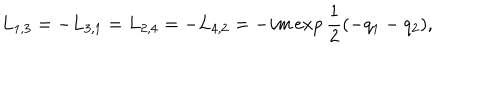
L _ { 1 , 3 } = - L _ { 3 , 1 } = L _ { 2 , 4 } = - L _ { 4 , 2 } = - i m \exp { \frac { 1 } { 2 } } ( - q _ { 1 } - q _ { 2 } ) ,